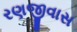
રણજીવાસ